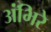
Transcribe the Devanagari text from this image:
अंभिरे